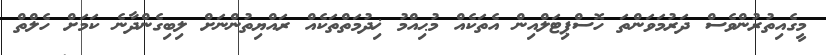
މީގެއިތުރުންވެސް ދަރުމަވަންތަ ހޮސްޕިޓަލްއިން އެތަކެއް މުޙިއްމު ޚިދުމަތްތަކެއް ރައްޔިތުންނަށް ލިބިގެންދާނެ ކަމަށް ހެލްތް